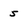
Character: 5